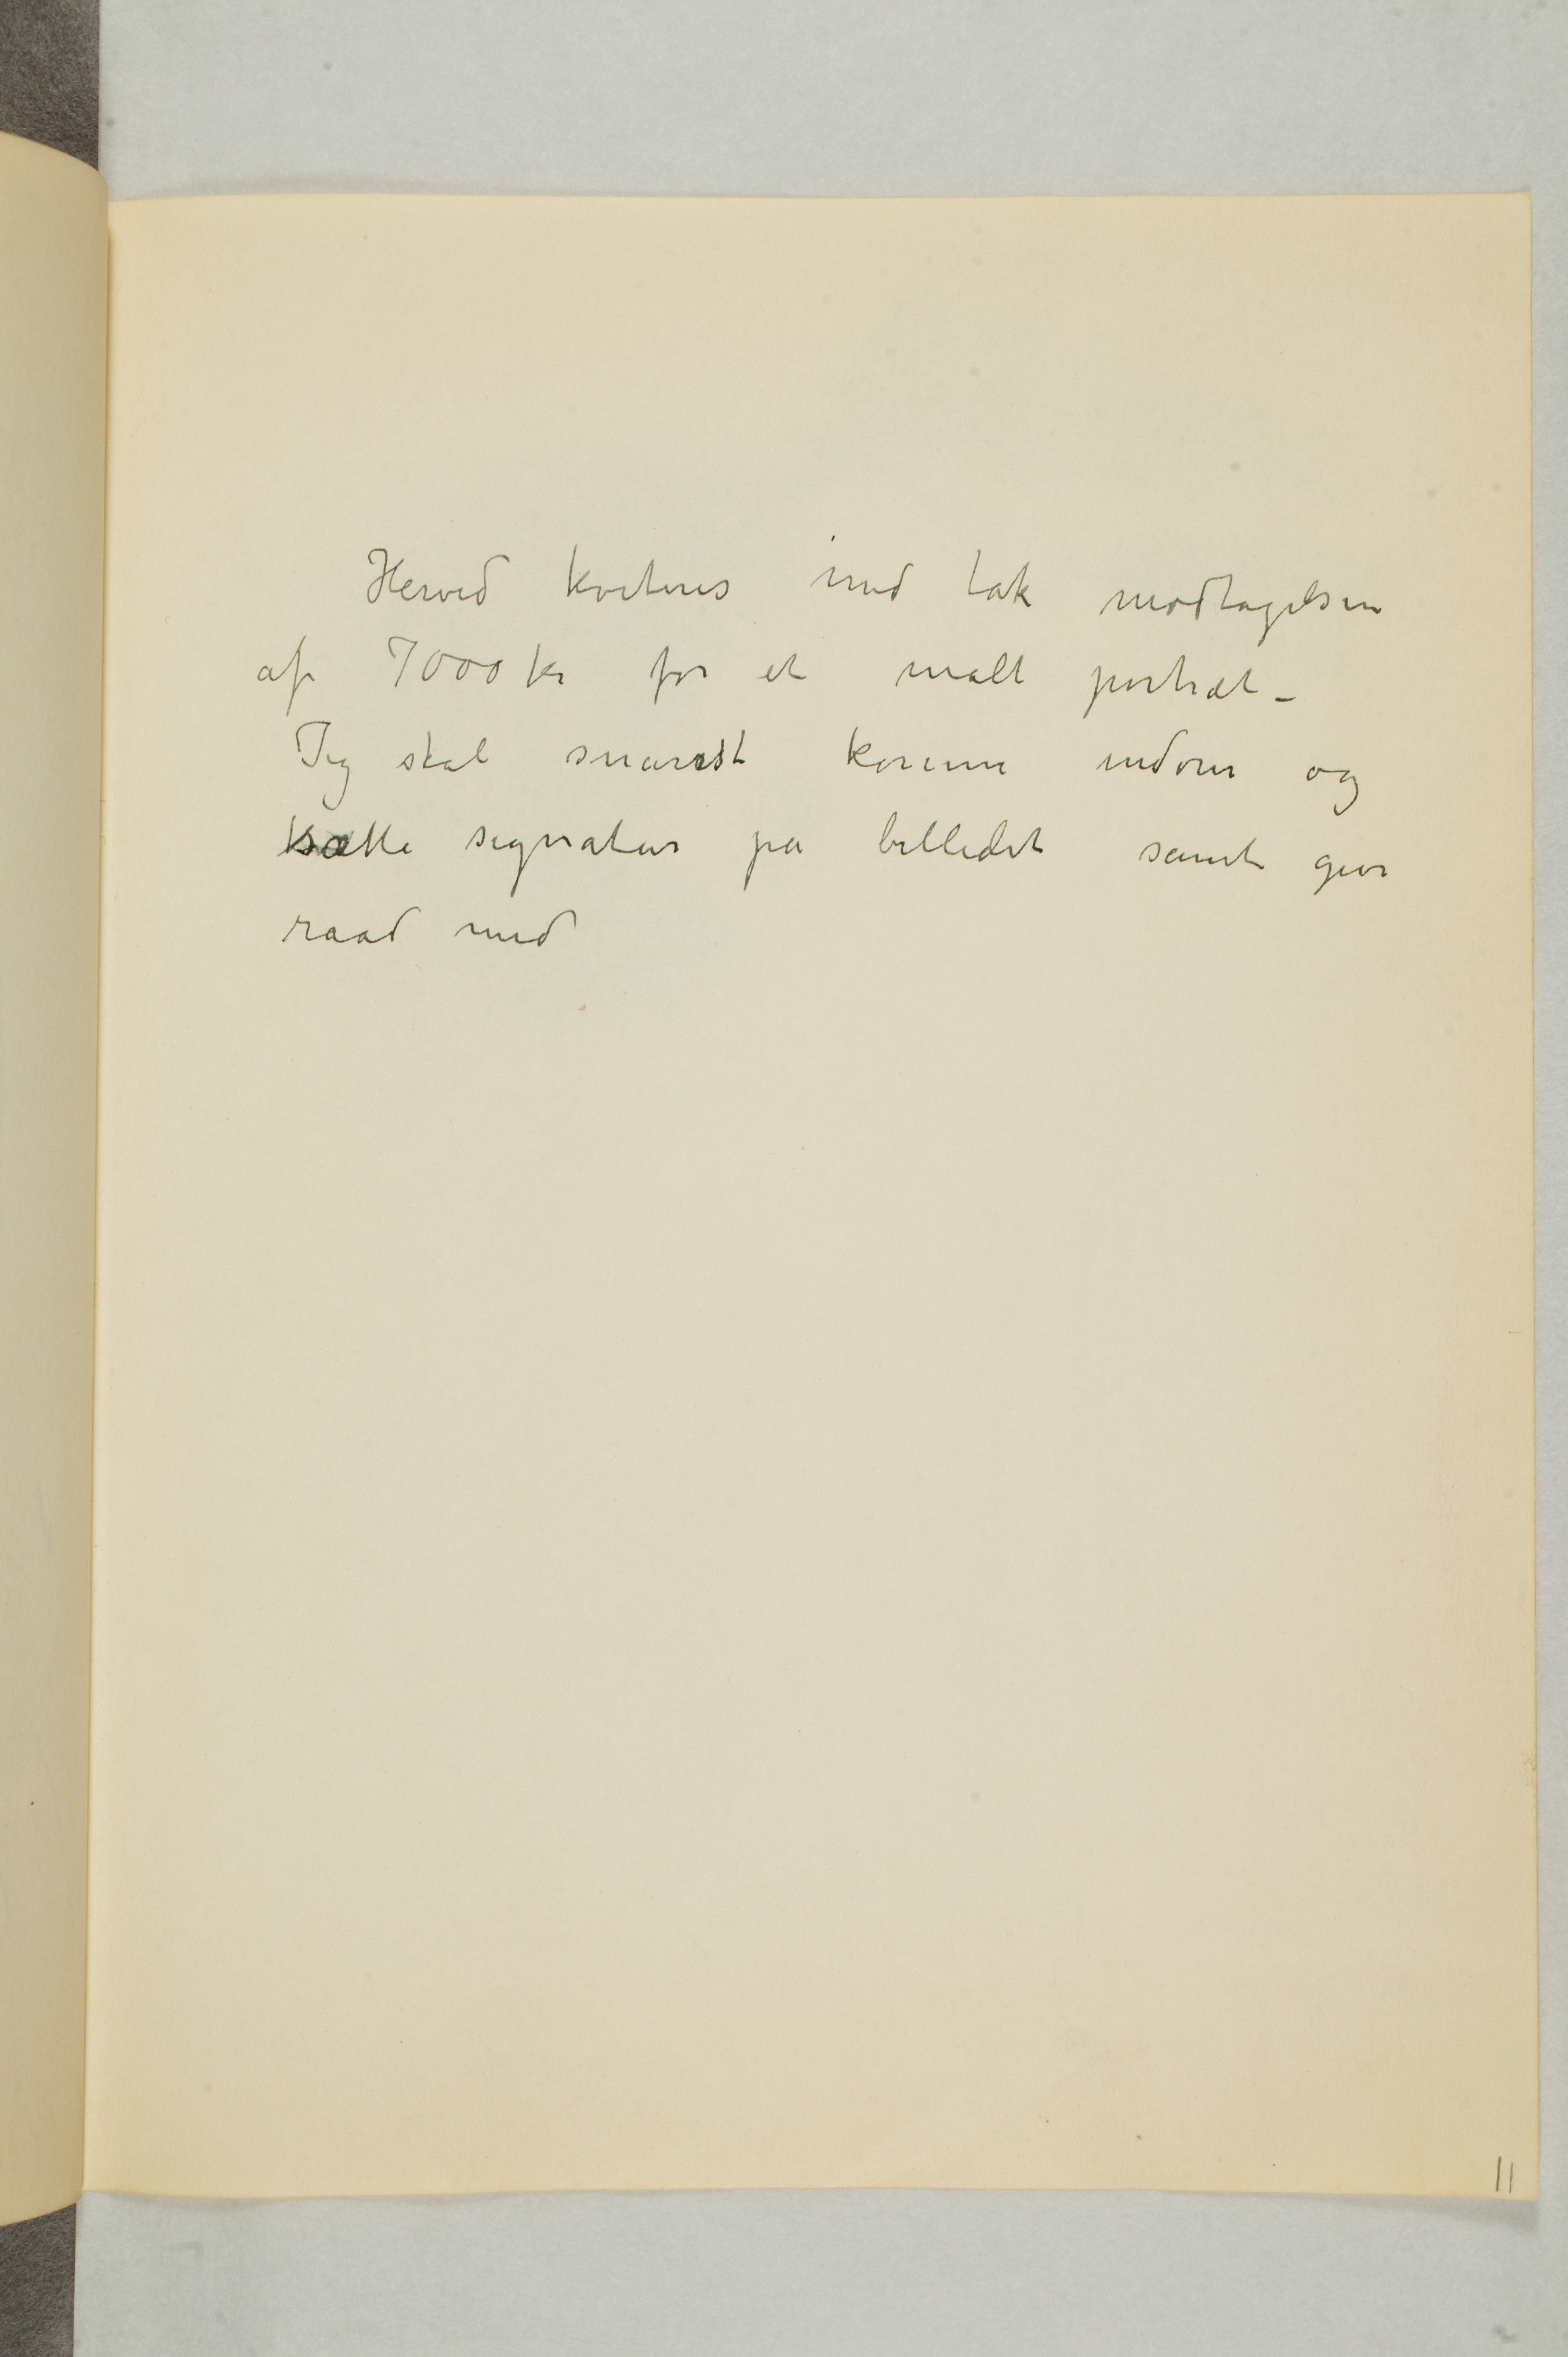
Herved kviteres med tak modtagelsen
af 7000 kr for et malt portræt -
Jeg skal snarest komme indom og
sætte signatur på billedet samt give
raad med